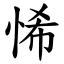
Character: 悕